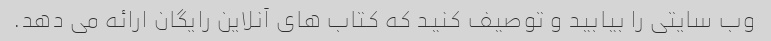
وب سایتی را بیابید و توصیف کنید که کتاب های آنلاین رایگان ارائه می دهد.